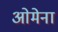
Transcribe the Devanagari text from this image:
ओमेना